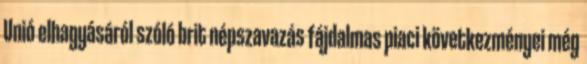
Unió elhagyásáról szóló brit népszavazás fájdalmas piaci következményei még